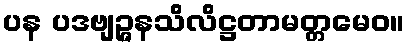
ပန ပဒဗျဉ္ဇနသိလိဋ္ဌတာမတ္တမေဝ။